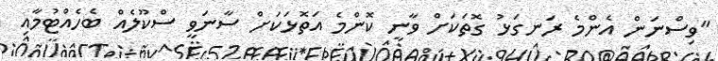
"ވިސްނަން އެންމެ ރަނގަޅު ގޮތަކަށް ވާނީ ކޮންމެ އަތޮޅަކަށް ސާނަވީ ސްކޫލެއް ބެހެއްޓުމާއި